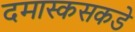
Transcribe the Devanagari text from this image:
दमास्कसकडे